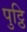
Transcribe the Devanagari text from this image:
पुट्ठि